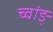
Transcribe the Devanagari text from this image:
च्वांङ्